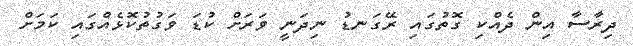
ދިރާސާ އިން ދެއްކި ގޮތުގައި ރޭގަނޑު ނިދަނީ ވަރަށް ކުޑަ ވަގުތުކޮޅެއްގައި ކަމަށް